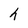
Character: h